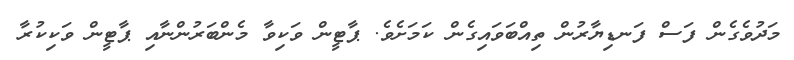
މަދުވެގެން ފަސް ފަނޑިޔާރުން ތިއްބަވައިގެން ކަމަށެވެ. ޕާޓީން ވަކިވާ މެންބަރުންނާއި ޕާޓީން ވަކިކުރާ